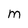
Character: m